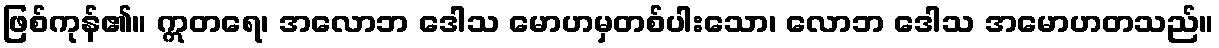
ဖြစ်ကုန်၏။ ဣတရေ၊ အလောဘ ဒေါသ မောဟမှတစ်ပါးသော၊ လောဘ ဒေါသ အမောဟတသည်။